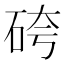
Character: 𥑹